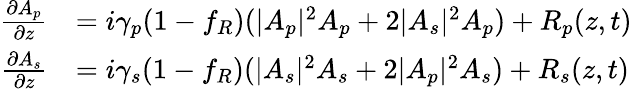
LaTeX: \begin{array}{rl}{\frac{\partial A_{p}}{\partial z}}&{=i\gamma_{p}(1-f_{R})(|A_{p}|^{2}A_{p}+2|A_{s}|^{2}A_{p})+R_{p}(z,t)}\\ {\frac{\partial A_{s}}{\partial z}}&{=i\gamma_{s}(1-f_{R})(|A_{s}|^{2}A_{s}+2|A_{p}|^{2}A_{s})+R_{s}(z,t)}\end{array}